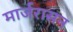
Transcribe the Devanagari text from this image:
मार्जरासन